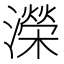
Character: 濚